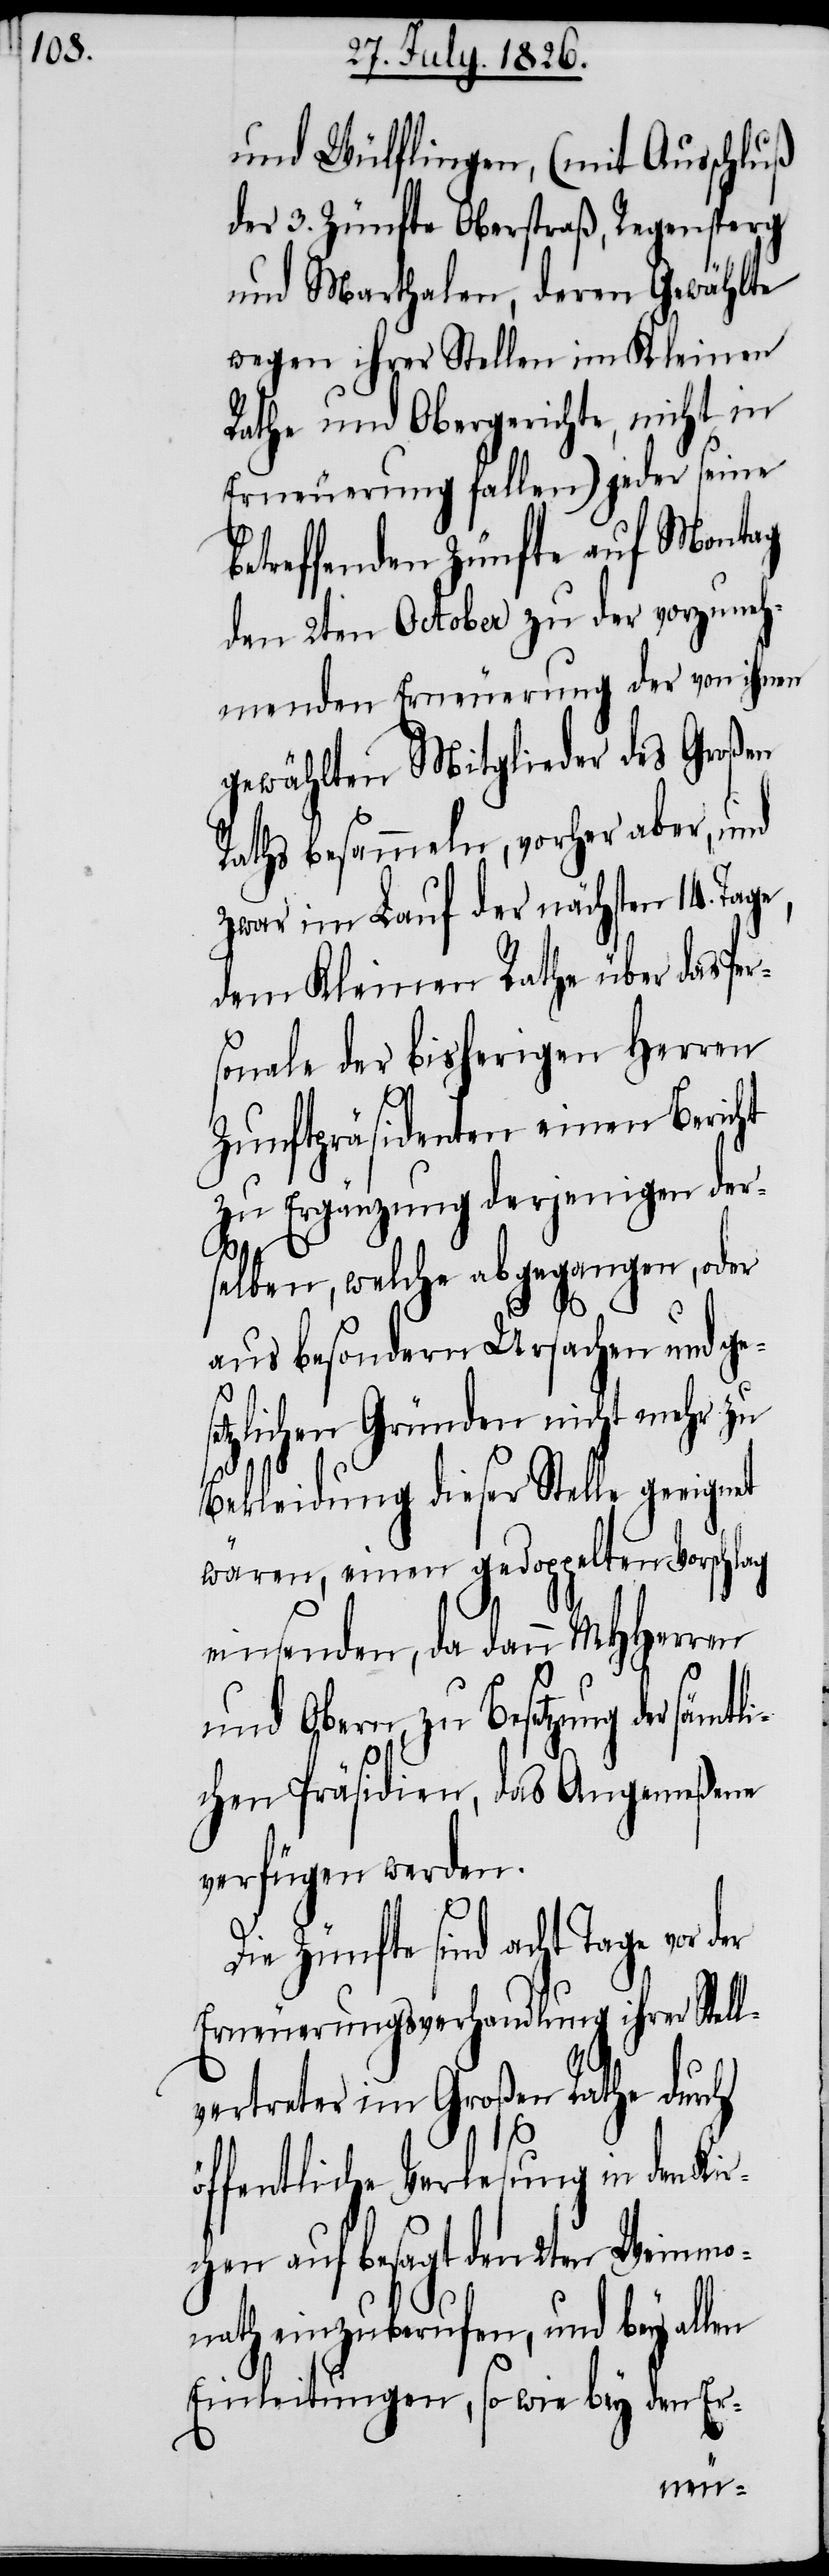
und Wülflingen, (mit Ausschluß
der 3. Zünfte Oberstraß, Regensperg
und Marthalen, deren Gewählte
wegen ihrer Stellen im Kleinen
Rathe und Obergerichte, nicht in
Erneuerung fallen) jeder seine
betreffenden Zünfte auf Montag
den 2ten October zu der vorzuneh¬
menden Erneuerung der von ihnen
gewählten Mitglieder des Großen
Raths besammeln, vorher aber, und
zwar im Lauf der nächsten 14. Tage,
dem Kleinen Rathe über das Pe¬
sonale der bisherigen Herren
Zunftpräsidenten einen Bericht
zu Ergänzung derjenigen der¬
selben, welche abgegangen, oder
aus besondern Ursachen und ges¬
etzlichen Gründen nicht mehr zu
Bekleidung dieser Stelle
wären, einen gedoppelten Vorschlag
einsenden, da dann MHHerren
und Obern, zu Besetzung der sämt¬
lichen Präsidien, das Angemeßene
verfügen werden.
r¬
Die Zünfte sind acht Tage vor der
Erneuerungsverhandlung ihre Stell¬
vertreter im Großen Rathe durch
öffentliche Verlesung in den Kir¬
chen auf besagt den 2ten Weinmo¬
nath einzuberufen, und bey allen
Einleitungen, so wie bey den Er-